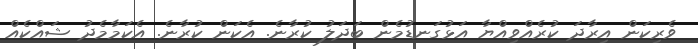
ވެރިކަން އިރާދަ ކުރެއްވިއްޔާ އަޅުގަނޑުމެން ބަދަލު ކުރާނެ. އެކަން ކުރާނެ. އެކަމާމެދު ޝައްކެއް